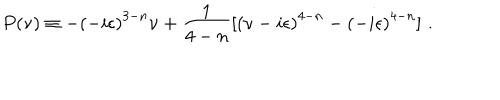
LaTeX: P ( \nu ) \equiv - { ( - i \epsilon ) } ^ { 3 - n } \nu + \frac { 1 } { 4 - n } [ { ( \nu - i \epsilon ) } ^ { 4 - n } - { ( - i \epsilon ) } ^ { 4 - n } ] \, \, .